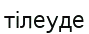
тілеуде